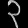
Digit: ၃